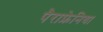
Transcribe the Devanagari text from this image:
पैराफ्रेनिया